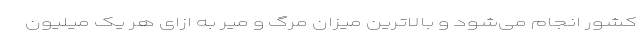
کشور انجام می‌شود و بالاترین میزان مرگ و میر به ازای هر یک میلیون